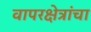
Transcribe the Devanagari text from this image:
वापरक्षेत्रांचा